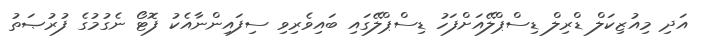
އަދި މިއުޒިކަލް ޑްރިލް ޑިސްޕްލޭއަށްފަހު ޑިސްޕްލޭގައި ބައިވެރިވި ސިފައިންނާއެކު ފޮޓޯ ނެގުމުގެ ފުރުޞަތު